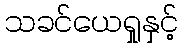
သခင်ယေရှုနှင့်